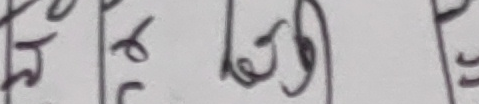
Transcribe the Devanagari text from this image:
रहेछ